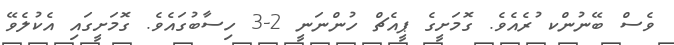
ވެސް ބޭނުންކ ުރެއެވެ. ގޮމަށީގެ ޕީއެޗް ހުންނަނީ 2-3 ހިސާބުގައެވެ. ގޮމަށީގައި އެކުލެވޭ